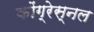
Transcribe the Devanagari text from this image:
कोंग्रेस्नल